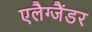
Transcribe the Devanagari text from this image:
एलैग्जैंडर